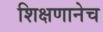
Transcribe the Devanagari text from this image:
शिक्षणानेच